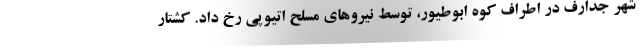
شهر جدارف در اطراف کوه ابوطیور، توسط نیروهای مسلح اتیوپی رخ داد. کشتار